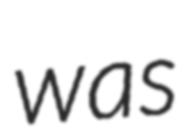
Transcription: was